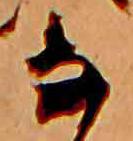
な